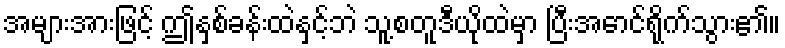
အများအားဖြင့် ဤနှစ်ခန်းထဲနှင့်ဘဲ သူ့စတူဒီယိုထဲမှာ ပြီးအောင်ရိုက်သွား၏။